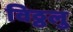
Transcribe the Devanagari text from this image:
विठ्ठलु